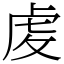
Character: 䖍